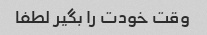
وقت خودت را بگیر لطفا